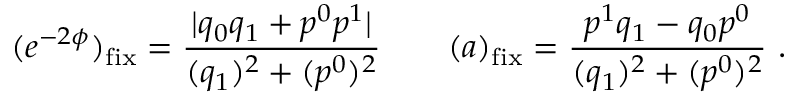
( e ^ { - 2 \phi } ) _ { \mathrm { f i x } } = { \frac { | q _ { 0 } q _ { 1 } + p ^ { 0 } p ^ { 1 } | } { ( q _ { 1 } ) ^ { 2 } + ( p ^ { 0 } ) ^ { 2 } } } \qquad ( a ) _ { \mathrm { f i x } } = { \frac { p ^ { 1 } q _ { 1 } - q _ { 0 } p ^ { 0 } } { ( q _ { 1 } ) ^ { 2 } + ( p ^ { 0 } ) ^ { 2 } } } \ .